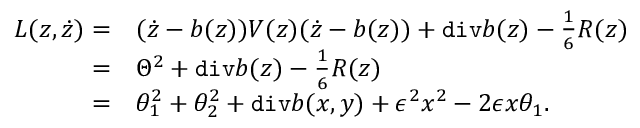
\begin{array} { r l } { L ( z , \dot { z } ) = } & { ( \dot { z } - b ( z ) ) V ( z ) ( \dot { z } - b ( z ) ) + \mathtt { d i v } b ( z ) - \frac { 1 } { 6 } R ( z ) } \\ { = } & { \Theta ^ { 2 } + \mathtt { d i v } b ( z ) - \frac { 1 } { 6 } R ( z ) } \\ { = } & { \theta _ { 1 } ^ { 2 } + \theta _ { 2 } ^ { 2 } + \mathtt { d i v } b ( x , y ) + \epsilon ^ { 2 } x ^ { 2 } - 2 \epsilon x \theta _ { 1 } . } \end{array}